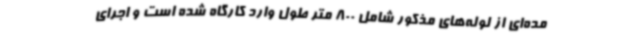
مده‌ای از لوله‌های مذکور شامل 800 متر طول وارد کارگاه شده است و اجرای